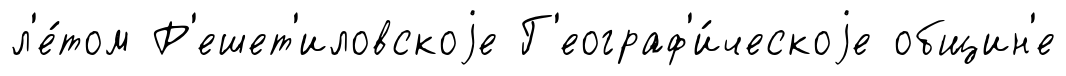
л'е́том Р'ешет'иловскоjе Г'еограф'и́ческоjе общин'е